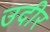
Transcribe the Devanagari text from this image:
उदीर